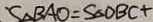
S _ { \Delta B A O } = S _ { \Delta } D B C +